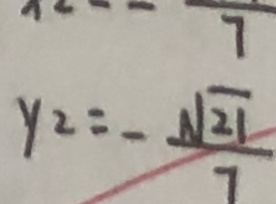
y _ { 2 } = - \frac { \sqrt { 2 1 } } { 7 }